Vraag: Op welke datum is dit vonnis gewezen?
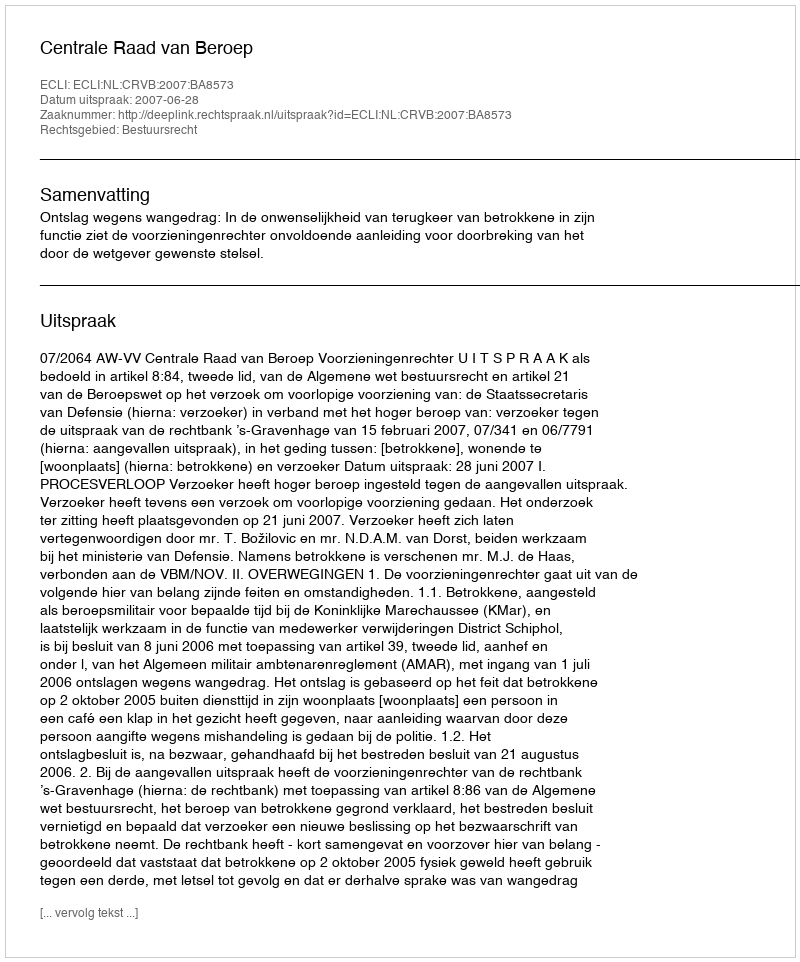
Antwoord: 2007-06-28